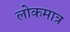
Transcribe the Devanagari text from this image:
लोकमात्र